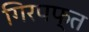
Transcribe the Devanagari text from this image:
गिरपफ्त